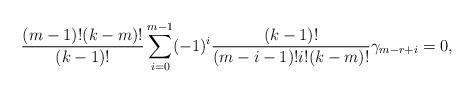
LaTeX: \begin{align*} \frac{(m-1)!(k-m)!}{(k-1)!}\sum\limits_{i=0}^{m-1} (-1)^i \frac{(k-1)!}{(m-i-1)!i!(k-m)!}\gamma_{m - r + i} = 0,\end{align*}